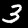
Digit: 3